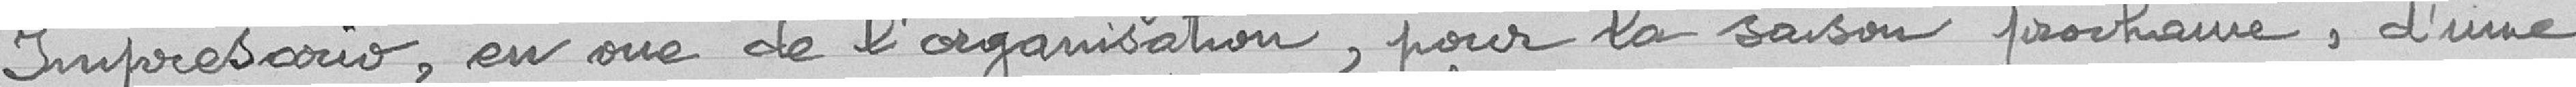
Impresario, en sus de l'organisation, pour la saison prochaine, d'une